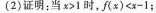
(2)证明；当x>1时，f(x)<x-1；